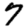
Digit: 7